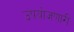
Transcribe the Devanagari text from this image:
उपयोजणारी